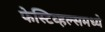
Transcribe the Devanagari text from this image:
फेस्टिव्हल्समध्ये